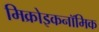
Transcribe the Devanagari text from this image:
मिक्रोइकनॉमिक